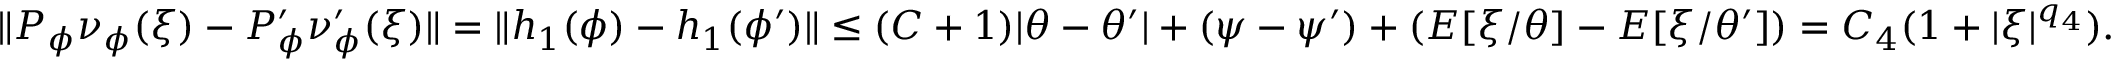
\begin{array} { r } { \| P _ { \phi } \nu _ { \phi } ( \xi ) - P _ { \phi } ^ { \prime } \nu _ { \phi } ^ { \prime } ( \xi ) \| = \| h _ { 1 } ( \phi ) - h _ { 1 } ( \phi ^ { \prime } ) \| \le ( C + 1 ) | \theta - \theta ^ { \prime } | + ( \psi - \psi ^ { \prime } ) + ( E [ \xi / \theta ] - E [ \xi / \theta ^ { \prime } ] ) = C _ { 4 } ( 1 + | \xi | ^ { q _ { 4 } } ) . } \end{array}